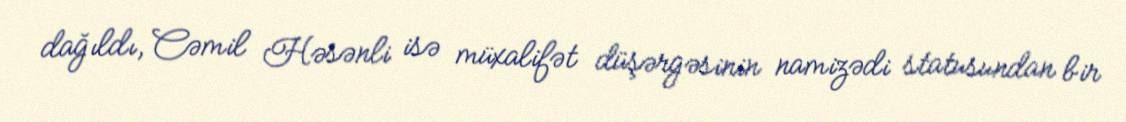
dağıldı, Cəmil Həsənli isə müxalifət düşərgəsinin namizədi statusundan bir